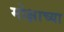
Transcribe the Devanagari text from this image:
मोक्षाच्या